Code of medical and sanitary regulations for the guidance of medical officers serving in the Madras Presidency - Volume I
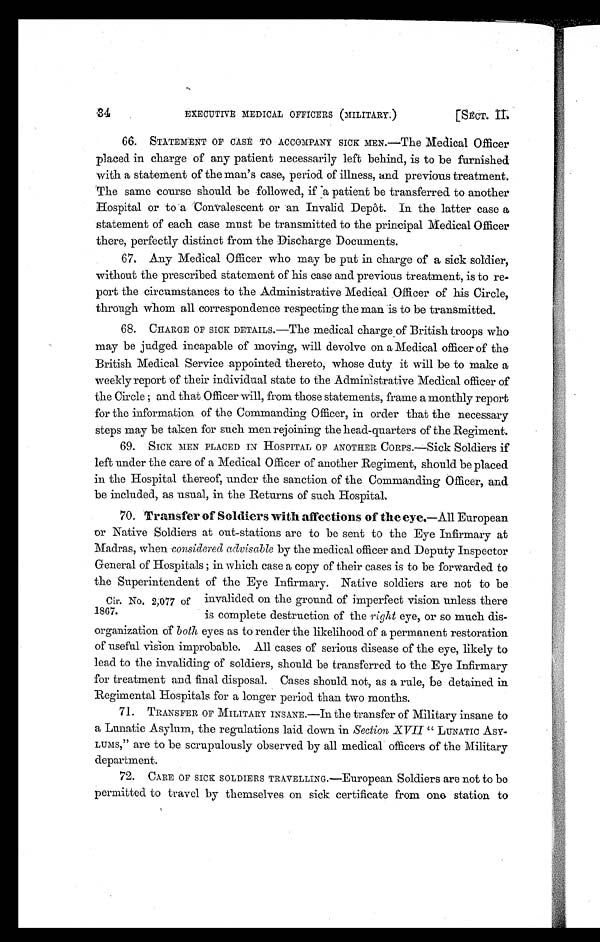
34
EXECUTIVE MEDICAL OFFICERS (MILITARY.)
[SECT. II.
66. STATEMENT OF CASE TO ACCOMPANY SICK MEN.—The Medical Officer
placed in charge of any patient necessarily left behind, is to be furnished
with a statement of the man's case, period of illness, and previous treatment.
The same course should be followed, if a patient be transferred to another
Hospital or to a Convalescent or an Invalid Depôt. In. the latter case a
statement of each case must be transmitted to the principal Medical Officer
there, perfectly distinct from the Discharge Documents.
67. Any Medical Officer who may be put in charge of a sick soldier,
without the prescribed statement of his case and previous treatment, is to re-
port the circumstances to the Administrative Medical Officer of his Circle,
through whom all correspondence respecting the man is to be transmitted.
68. CHARGE OF SICK DETAILS.—The medical charge of British troops who
may be judged incapable of moving, will devolve on a Medical officer of the
British Medical Service appointed thereto, whose duty it will be to make a
weekly report of their individual state to the Administrative Medical officer of
the Circle ; and that Officer will, from those statements, frame a monthly report
for the information of the Commanding Officer, in order that the necessary
steps may be taken for such men rejoining the head-quarters of the Regiment.
69. SICK MEN PLACED IN HOSPITAL OF ANOTHER CORPS.—Sick Soldiers if
left under the care of a Medical Officer of another Regiment, should be placed
in the Hospital thereof, under the sanction of the Commanding Officer, and
be included, as usual, in the Returns of such Hospital
.
Cir. No. 2,077 of
1867.
70.Transfer of Soldiers with affections of the eye.— A l l E u r o p e a n
or Native Soldiers at out-stations are to be sent to the Eye Infirmary at
Madras, when considered advisable by the medical officer and Deputy Inspector
General of Hospitals ; in which case a copy of their cases is to be forwarded to
the Superintendent of the Eye Infirmary. Native soldiers are not to be
invalided on the ground of imperfect vision unless there
is complete destruction of the right eye, or so much dis-
organization of both eyes as to render the likelihood of a permanent restoration
of useful vision improbable. All cases of serious disease of the eye, likely to
lead to the invaliding of soldiers, should be transferred to the Eye Infirmary
for treatment and final disposal. Cases should not, as a rule, be detained in
Regimental Hospitals for a longer period than two months.
71. TRANSFER or MILITARY INSANE.—In the transfer of Military insane to
a Lunatic Asylum, the regulations laid down in Section XVII " LUNATIC ASY-
LUMS," are to be scrupulously observed by all medical officers of the Military
department.
72. CARE OF SICK SOLDIERS TRAVELLING.—European Soldiers are not to be
permitted to travel by themselves on sick certificate from ono station to